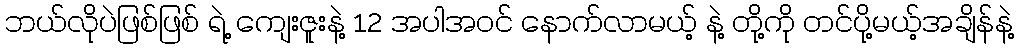
ဘယ်လိုပဲဖြစ်ဖြစ် ရဲ့ ကျေးဇူးနဲ့ 12 အပါအဝင် နောက်လာမယ့် နဲ့ တို့ကို တင်ပို့မယ့်အချိန်နဲ့